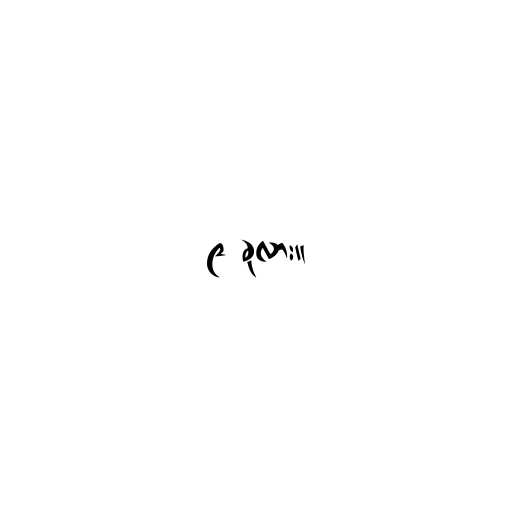
၉ ခုလား။